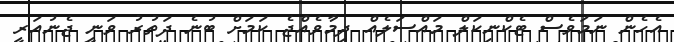
އެހެން ނަމަވެސް ޓެކްނިކަލް މައްސަލެއް ދިމާވެއްޖެ ކަމަށް ބުނެ ދަތުރު ވަނީ ޖެނުއަރީ